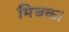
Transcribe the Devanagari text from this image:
मिथक।